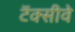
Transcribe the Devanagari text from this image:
टॅक्सीवे